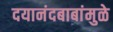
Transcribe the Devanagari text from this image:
दयानंदबाबांमुळे